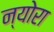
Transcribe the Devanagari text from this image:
न्योरा